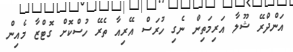
އަންދްރޭ ޝޫލާ އަރިމަތިން ނެގި ހުރަސް އޭރިއާ ތެރޭ ހުސްކޮށް ގޮޓްޒާ މެއިން